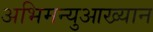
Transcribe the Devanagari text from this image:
अभिमन्युआख्यान